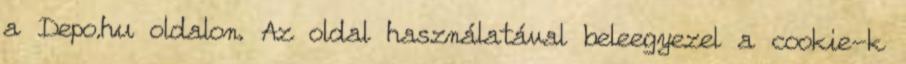
a Depo.hu oldalon. Az oldal használatával beleegyezel a cookie-k